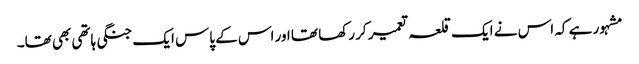
مشہور ہے کہ اس نے ایک قلعہ تعمیر کر رکھا تھا اور اس کے پاس ایک جنگی ہاتھی بھی تھا۔